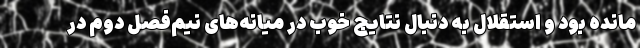
مانده بود و استقلال به دنبال نتایج خوب در میانه‌های نیم‌فصل دوم در